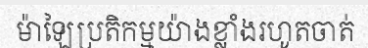
ម៉ាឡៃប្រតិកម្មយ៉ាងខ្លាំងរហូតចាត់